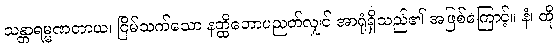
သန္တာရမ္မဏတာယ၊ ငြိမ်သက်သော နတ္ထိဘောပညတ်လျှင် အာရုံရှိသည်၏ အဖြစ်ကြောင့်။ နံ၊ ထို